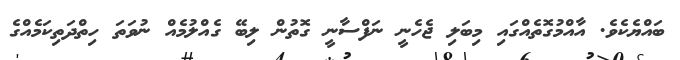
ބައްޔެކެވެ. އާއްމުގޮތެއްގައި މިބަލި ޖެހެނީ ނަފްސާނީ ގޮތުން ލިބޭ ގެއްލުމެއް ނުވަތަ ހިތްދަތިކަމެއްގެ